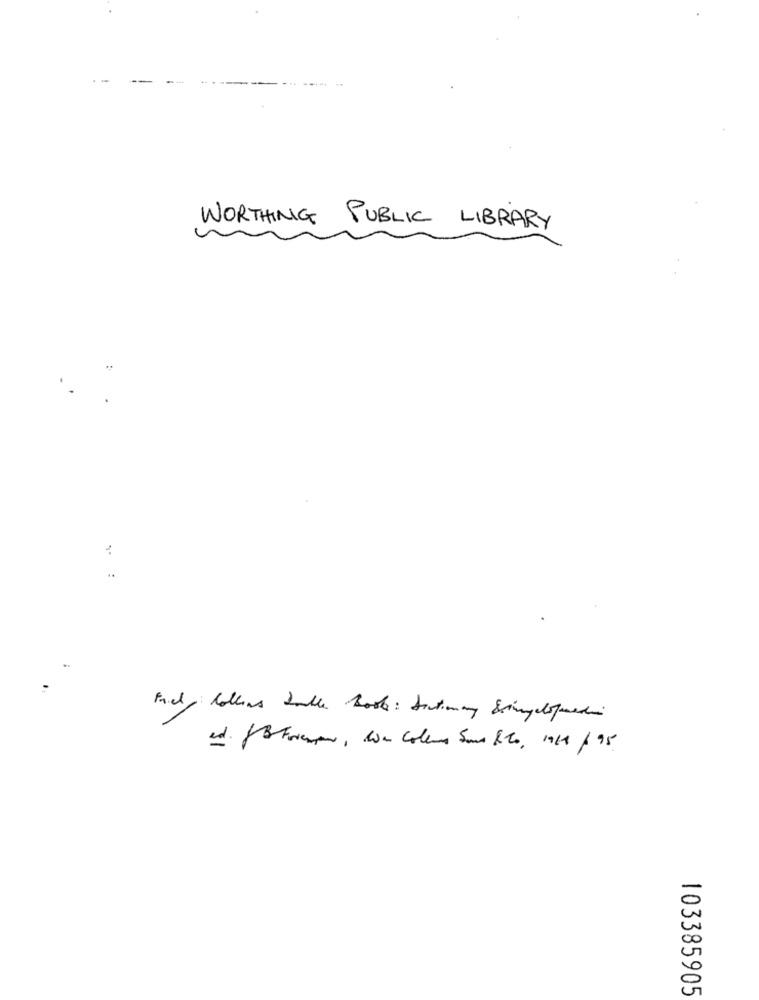
.-
WORTHING PUBLIC LIBRARY
ed. JB trenger, We Coleus Sans Bito, 19/1 / 95
103385905